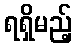
ရရှိမည့်